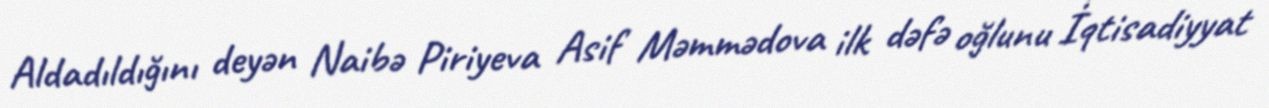
Aldadıldığını deyən Naibə Piriyeva Asif Məmmədova ilk dəfə oğlunu İqtisadiyyat